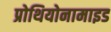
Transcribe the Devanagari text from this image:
प्रोथियोनामाइड